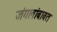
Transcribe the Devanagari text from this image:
जंगलांबाबत